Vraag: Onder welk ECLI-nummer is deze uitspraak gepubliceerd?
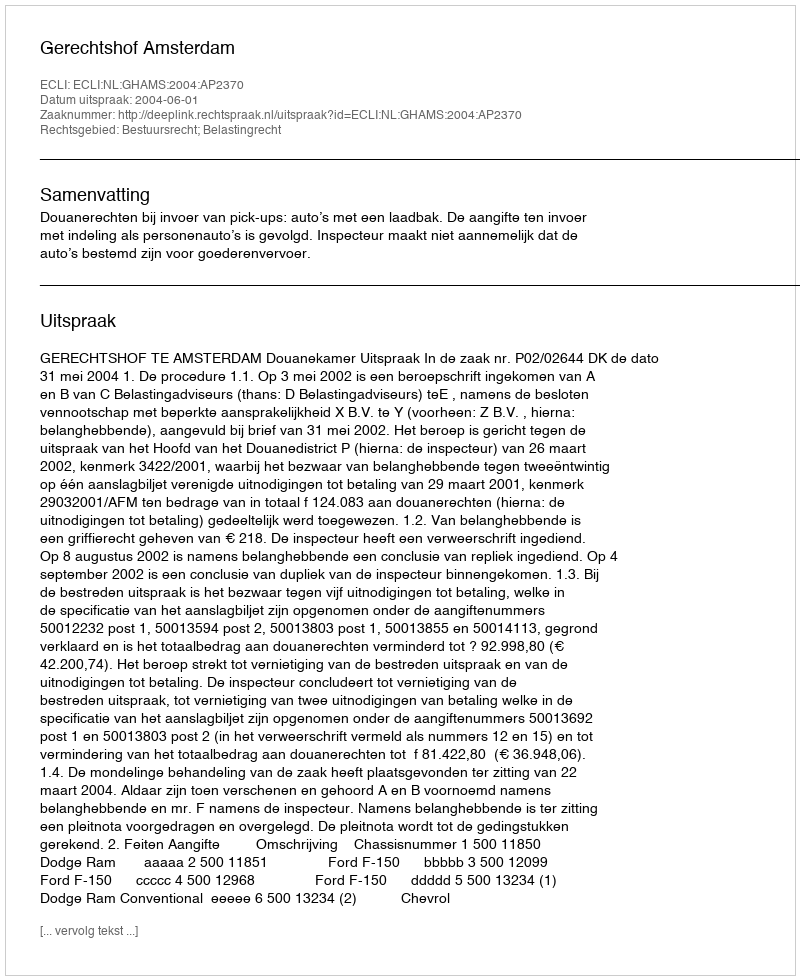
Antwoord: ECLI:NL:GHAMS:2004:AP2370